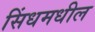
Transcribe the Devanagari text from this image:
सिंधमधील